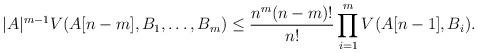
LaTeX: \begin{align*}|A|^{m-1}V(A[n-m],B_1,\dots, B_m)\le\frac{n^m(n-m)!}{n!}\prod_{i=1}^mV(A[n-1],B_i).\end{align*}